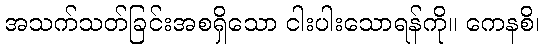
အသက်သတ်ခြင်းအစရှိသော ငါးပါးသောရန်ကို။ ကေနစိ၊